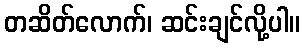
တဆိတ်လောက်၊ ဆင်းချင်လို့ပါ။